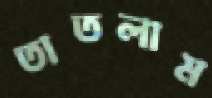
তাতলাম